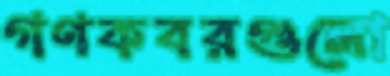
গণকবরগুলো